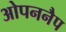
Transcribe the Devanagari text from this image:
ओपननैप